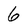
Character: 6